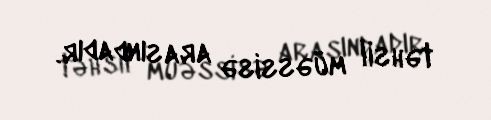
təhsil müəssisə arasındadır.